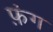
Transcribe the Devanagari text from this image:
फ़ंग